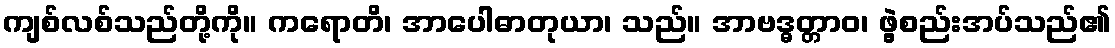
ကျစ်လစ်သည်တို့ကို။ ကရောတိ၊ အာပေါဓာတုယာ၊ သည်။ အာဗဒ္ဓတ္တာဝ၊ ဖွဲ့စည်းအပ်သည်၏